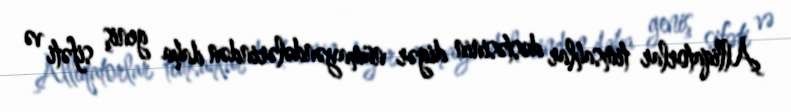
Alliqatorlar timsahlar dəstəsinin digər nümayəndələrindən daha geniş sifəti və